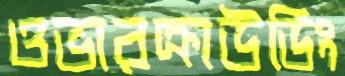
ওভারক্রাউডিং